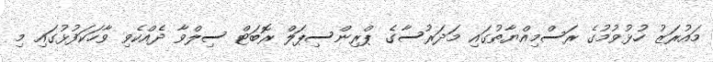
މައުރަޒު ހުޅުވުމުގެ ރަސްމިއްޔާތުގައި މަދަރުސާގެ ޕްރިންސިޕަލް ރޮބަޓް ސިލްވާ ދެއްކެވި ވާހަކަފުޅުގައި މި